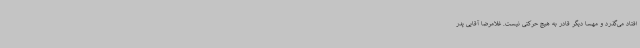
افتاد می‌گذرد و مهسا دیگر قادر به هیچ حرکتی نیست. غلامرضا آقایی پدر